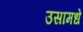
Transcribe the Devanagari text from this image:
उसामधे